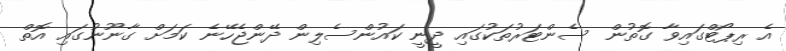
އެ ރިޕޯޓްގައިވާ ގޮތުން ސެންޓަރުތަކުގައި ދީނީ ކައުންސެލިން ދޭންޖެހޭނެ ކަމަށް ގާނޫނުގައި އޮތް